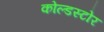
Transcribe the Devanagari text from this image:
कोल्डस्टोर